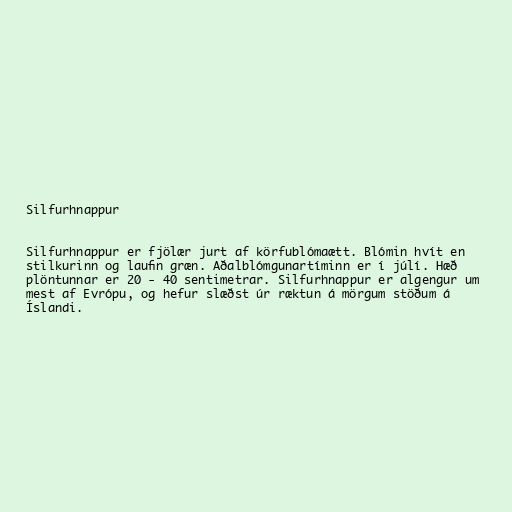
Silfurhnappur

Silfurhnappur er fjölær jurt af körfublómaætt. Blómin hvít en
stilkurinn og laufin græn. Aðalblómgunartíminn er í júlí. Hæð
plöntunnar er 20 - 40 sentimetrar. Silfurhnappur er algengur um
mest af Evrópu, og hefur slæðst úr ræktun á mörgum stöðum á
Íslandi.